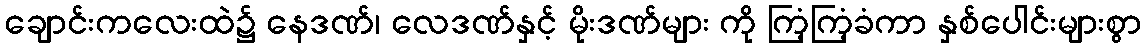
ချောင်းကလေးထဲ၌ နေဒဏ်၊ လေဒဏ်နှင့် မိုးဒဏ်များ ကို ကြံ့ကြံ့ခံကာ နှစ်ပေါင်းများစွာ